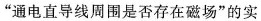
”通电直导线周围是否存在磁场”的实